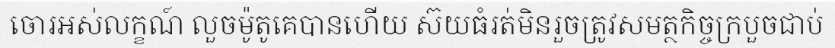
ចោរអស់លក្ខណ៍ លួចម៉ូតូគេបានហើយ ស៊យធំរត់មិនរួចត្រូវសមត្ថកិច្ចក្របួចជាប់